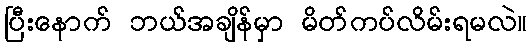
ပြီးနောက် ဘယ်အချိန်မှာ မိတ်ကပ်လိမ်းရမလဲ။